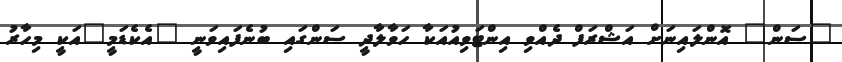
"ސަން" އޮންލައިނަށް އަޝްރަފް ދެއްވި އިންޓަވިއުއަކާ ހަވާލާދީ ސަންގައި ބުނެފައިވަނީ "އެކެޑަމީ"އަކީ މިހާރު